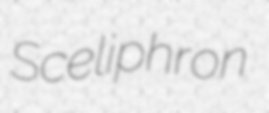
Sceliphron